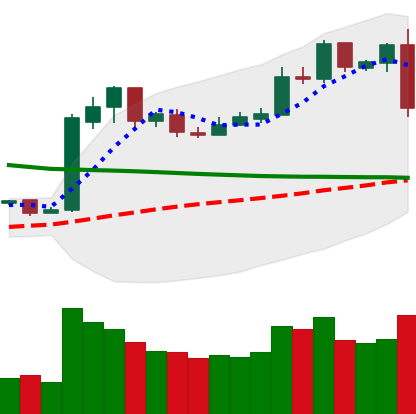
Ticker: LTC-USD
Chart end date: 2019-02-24
Forward return: 6.286%
Label: up_5_7